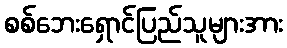
စစ်ဘေးရှောင်ပြည်သူများအား